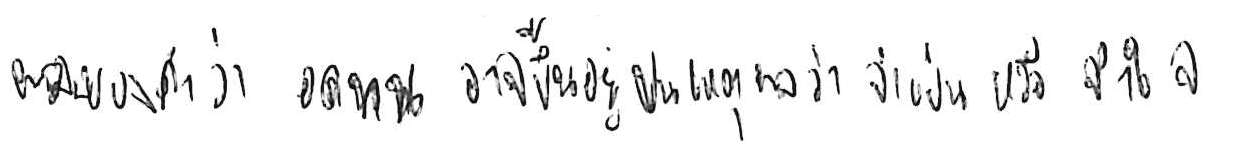
ผลของคำว่า อดทน อาจขึ้นอยู่บนเหตุผลว่า จำเป็น หรือ จำใจ